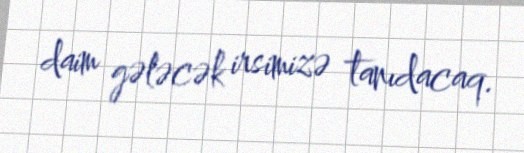
daim gələcək irsimizə tanıdacaq.